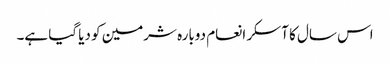
اس سال کا آسکر انعام دوبارہ شرمین کو دیا گیا ہے۔